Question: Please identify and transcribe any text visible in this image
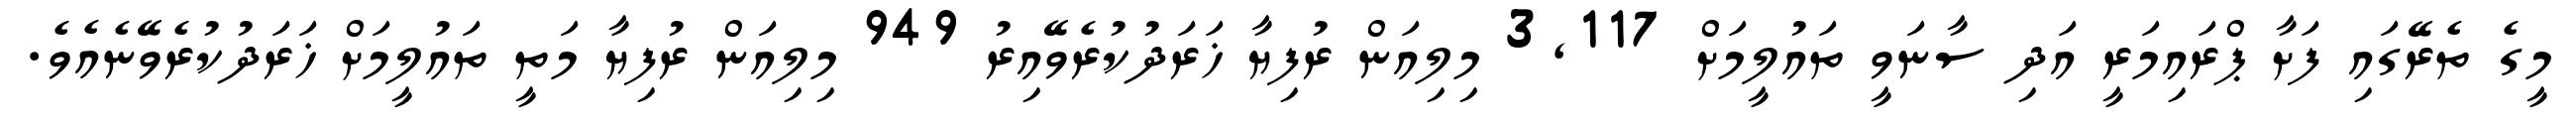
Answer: މީގެ ތެރޭގައި ފަށާ ޕްރައިމަރީ އަދި ސާނަވީ ތައުލީމަށް 3,117 މިލިއަން ރުފިޔާ ޚަރަދުކުރެވޭއިރު 949 މިލިއަން ރުފިޔާ މަތީ ތައުލީމަށް ޚަރަދުކުރެވޭނެއެވެ.